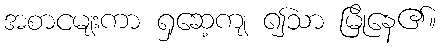
အစာငမျးကာ ရှဆေ့ကျ ၍သာ မြိုနေ၏။